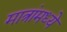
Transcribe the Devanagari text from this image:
मात्रांमध्ये